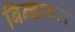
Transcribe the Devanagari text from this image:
बिन्डावल